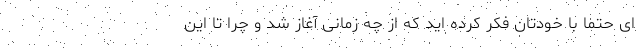
ای حتماً با خودتان فکر کرده اید که از چه زمانی آغاز شد و چرا تا این